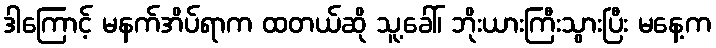
ဒါကြောင့် မနက်အိပ်ရာက ထတယ်ဆို သူ့ခေါ်၊ ဘိုးယားကြီးသွားပြီး မနေ့က